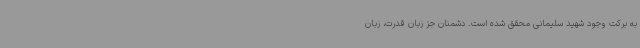
به برکت وجود شهید سلیمانی محقق شده است. دشمنان جز زبان قدرت، زبان